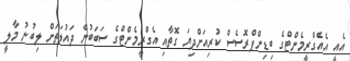
އެއީ އެއެގްރީމެންޓްގެ ބިޑިންޕްރޮސެސް ކުރިއަށްދިޔަ ގޮތާއި އެގްރީމެންޓްގެ ސަބަބުން ދައުލަތަށް ލިބުނު މާލީ